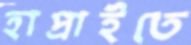
হাপ্‌রাইতে